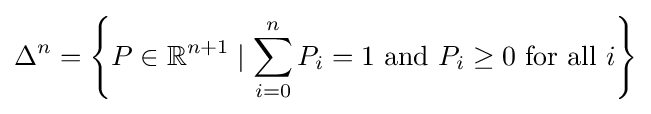
\Delta ^{n}=\left\{P\in \mathbb {R} ^{n+1}\mid \sum _{i=0}^{n}{P_{i}}=1{\text{ and }}P_{i}\geq 0{\text{ for all }}i\right\}